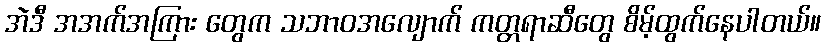
အဲဒီ အအက်အကြား တွေက သဘာဝအလျောက် ကတ္တရာဆီတွေ စိမ့်ထွက်နေပါတယ်။